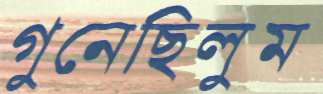
গুনেছিলুম